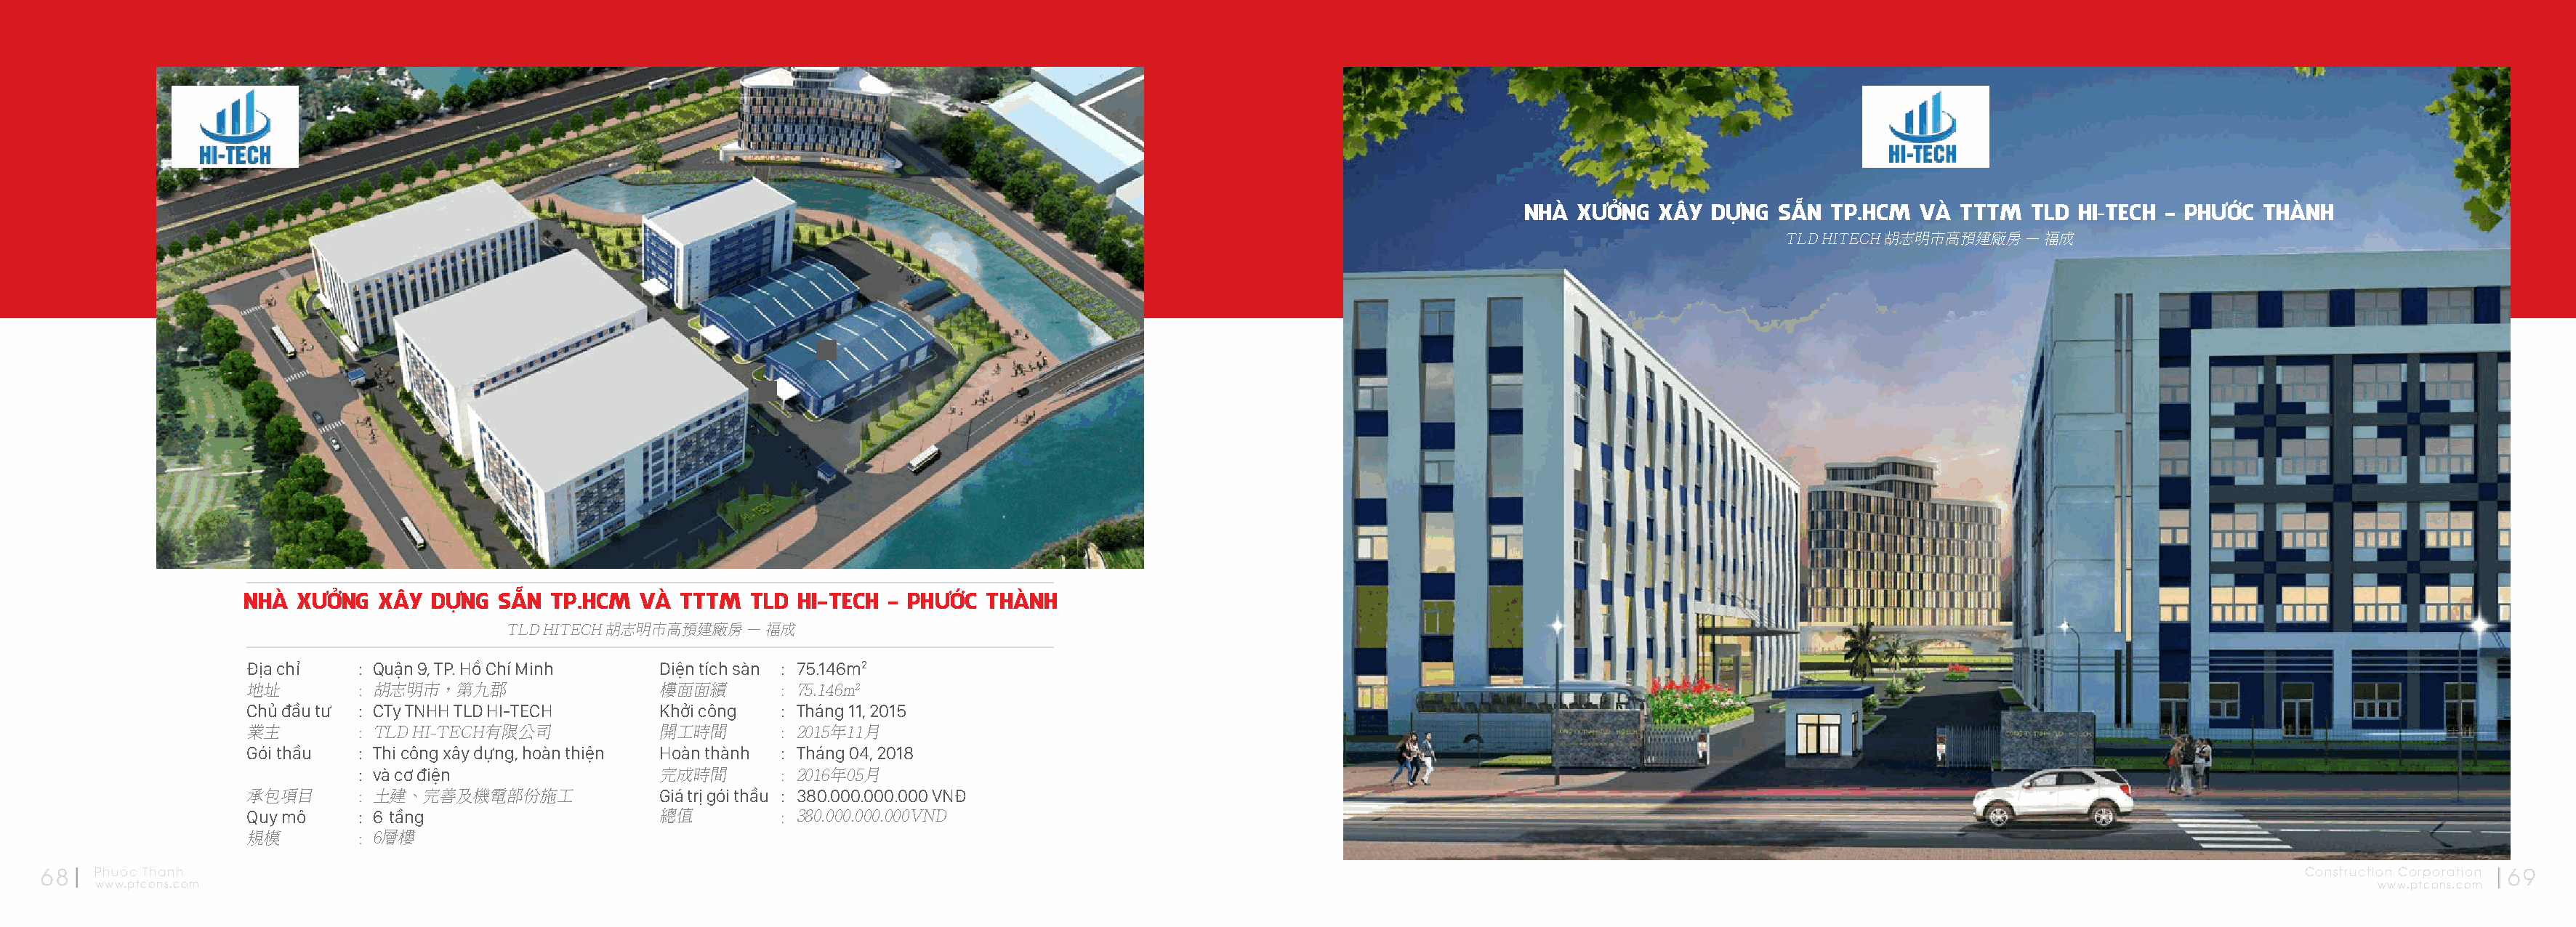
NHÀ  XƯỞNG  XÂY  DỰNG  SẴN  TP.HCM  VÀ TTTM   TLD HI-TECH - PHƯỚC  THÀNH
 TLD HITECH 胡志明市高預建廠房  – 福成
 NHÀ  XƯỞNG  XÂY  DỰNG  SẴN  TP.HCM  VÀ  TTTM  TLD  HI-TECH - PHƯỚC  THÀNH
 TLD HITECH 胡志明市高預建廠房  – 福成
 Địa chỉ    : Quận 9, TP. Hồ Chí Minh  Diện tích sàn : 75.146m2
 地址         : 胡志明市，第九郡                 樓面面績       : 75.146m2
 Chủ đầu tư : CTy TNHH TLD HI-TECH     Khởi công  : Tháng 11, 2015
 業主         : TLD HI-TECH有限公司          開工時間       : 2015年11月
 Gói thầu   : Thi công xây dựng, hoàn thiện Hoàn thành : Tháng 04, 2018
 : và cơ điện               完成時間       : 2016年05月
 承包項目       : 土建、完善及機電部份施工             Giá trị gói thầu : 380.000.000.000 VNĐ
 Quy mô     : 6 tầng                   總值         : 380.000.000.000VND
 規模         : 6層樓
 68   Phuoc Thanh                                                                                                                                                                                              Construction Corporation 69
 www.ptcons.com                                                                                                                                                                                                  www.ptcons.com